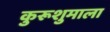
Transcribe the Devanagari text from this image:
कुरूशुमाला